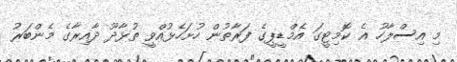
މި އިސްލާހު އެ ކޮމިޓީގަ އެމްޑީޕީގެ ފަރާތުން ހުށަހެޅުއްވީ ތުޅާދޫ ދާއިރާގެ މެންބަރު